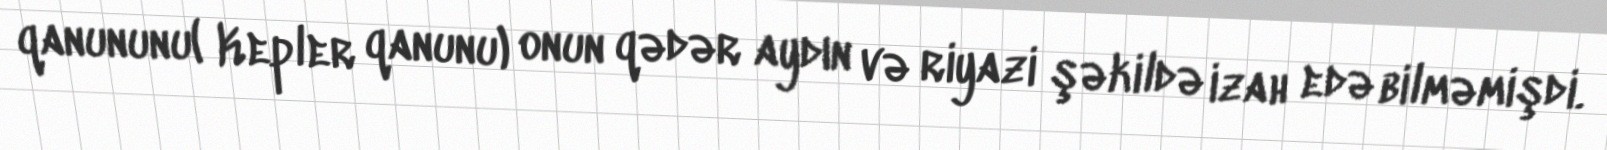
qanununu( Kepler qanunu) onun qədər aydın və riyazi şəkildə izah edə bilməmişdi.